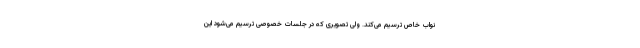
نواب خاص ترسیم می‌کند. ولی تصویری که در جلسات خصوصی ترسیم می‌شود این